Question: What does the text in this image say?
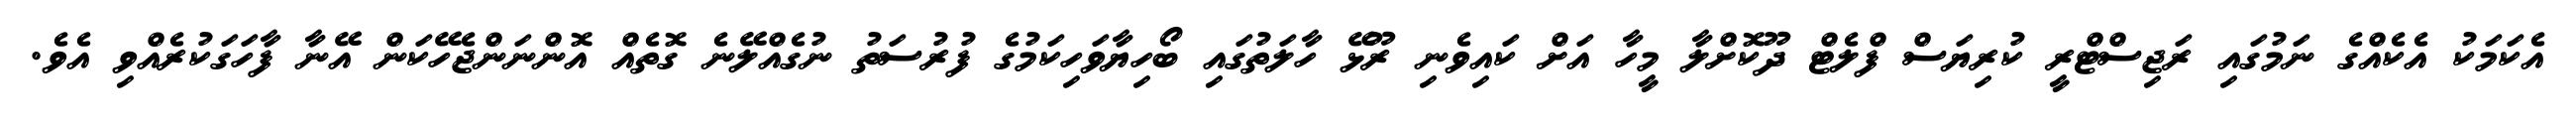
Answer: އެކަމަކު އެކެއްގެ ނަމުގައި ރަޖިސްޓްރީ ކުރިޔަސް ފްލެޓް ދޫކޮށްލާ މީހާ އަށް ކައިވެނި ރޫޅޭ ހާލަތުގައި ބޯހިޔާވަހިކަމުގެ ފުރުސަތު ނުގެއްލޭނެ ގޮތެއް އޮންނަންޖެހޭކަން އޭނާ ފާހަގަކުރެއްވި އެވެ.